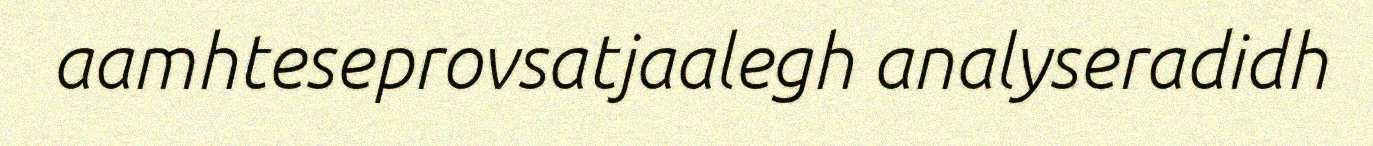
aamhteseprovsatjaalegh analyseradidh